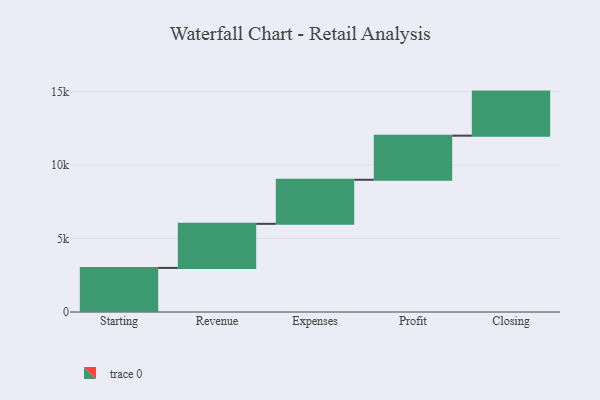
{"axis": {"x": "Step", "y": "Value"}, "legend": [""], "data": [{"x": "Starting", "y": 3000, "type": ""}, {"x": "Revenue", "y": 3000, "type": ""}, {"x": "Expenses", "y": 3000, "type": ""}, {"x": "Profit", "y": 3000, "type": ""}, {"x": "Closing", "y": 3000, "type": ""}]}